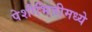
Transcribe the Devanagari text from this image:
पेशीभित्तीमध्ये